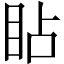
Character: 䀡